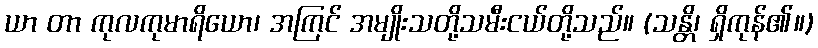
ယာ တာ ကုလကုမာရိယော၊ အကြင် အမျိုးသတို့သမီးငယ်တို့သည်။ (သန္တိ၊ ရှိကုန်၏။)